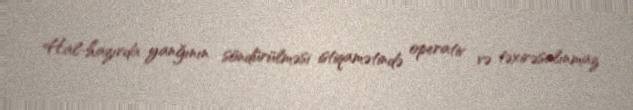
Hal-hazırda yanğının söndürülməsi istiqamətində operativ və təxirəsalınmaz